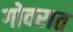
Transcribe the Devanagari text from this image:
गोवरात